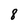
Character: 8